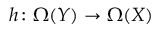
h \colon \Omega ( Y ) \to \Omega ( X )